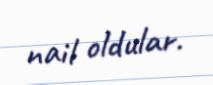
nail oldular.